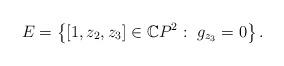
LaTeX: \begin{align*}E=\left\{[1,z_2,z_3]\in \mathbb{C}P^2: ~g_{z_3}=0\right\}.\end{align*}